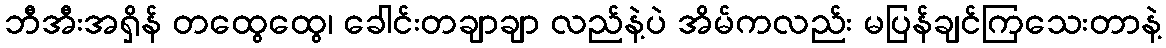
ဘီအီးအရှိန် တထွေထွေ၊ ခေါင်းတချာချာ လည်နဲ့ပဲ အိမ်ကလည်း မပြန်ချင်ကြသေးတာနဲ့